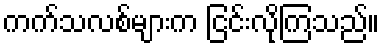
ကက်သလစ်များက ငြင်းလိုကြသည်။